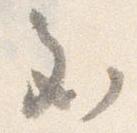
至